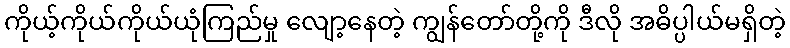
ကိုယ့်ကိုယ်ကိုယ်ယုံကြည်မှု လျော့နေတဲ့ ကျွန်တော်တို့ကို ဒီလို အဓိပ္ပါယ်မရှိတဲ့